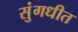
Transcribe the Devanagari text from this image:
सुंगधीत